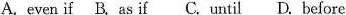
A.even if B. as if C. until D. before